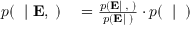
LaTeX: \begin{array} { r l } { p ( \mathbf { \theta } \mid \mathbf { E } , \mathbf { \alpha } ) } & { { } = { \frac { p ( \mathbf { E } \mid \mathbf { \theta } , \mathbf { \alpha } ) } { p ( \mathbf { E } \mid \mathbf { \alpha } ) } } \cdot p ( \mathbf { \theta } \mid \mathbf { \alpha } ) } \end{array}